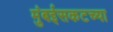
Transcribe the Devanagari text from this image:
मुंबईसकटच्या